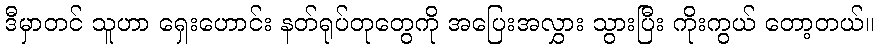
ဒီမှာတင် သူဟာ ရှေးဟောင်း နတ်ရုပ်တုတွေကို အပြေးအလွှား သွားပြီး ကိုးကွယ် တော့တယ်။